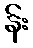
န်း